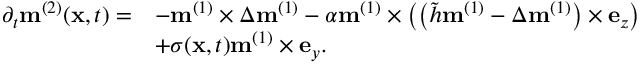
\begin{array} { r l } { \partial _ { t } \mathbf { m } ^ { ( 2 ) } ( \mathbf { x } , t ) = } & { - \mathbf { m } ^ { ( 1 ) } \times \Delta \mathbf { m } ^ { ( 1 ) } - \alpha \mathbf { m } ^ { ( 1 ) } \times \left( \left( \tilde { h } \mathbf { m } ^ { ( 1 ) } - \Delta \mathbf { m } ^ { ( 1 ) } \right) \times \mathbf { e } _ { z } \right) } \\ & { + \sigma ( \mathbf { x } , t ) \mathbf { m } ^ { ( 1 ) } \times \mathbf { e } _ { y } . } \end{array}